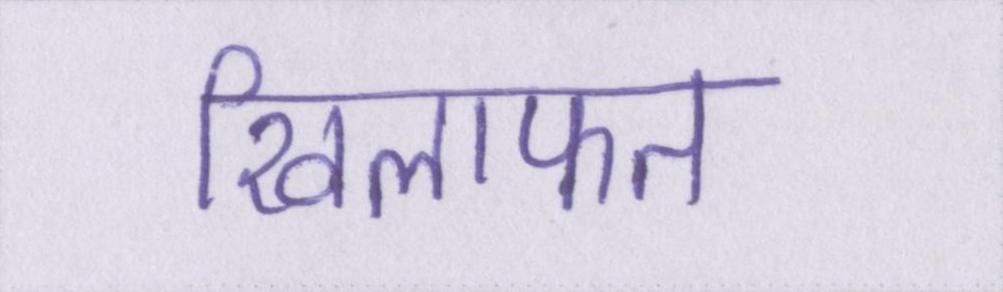
खिलाफत